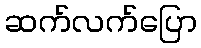
ဆက်လက်ပြော